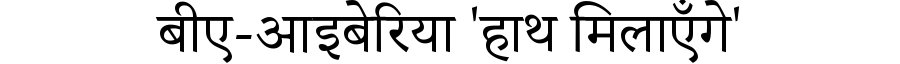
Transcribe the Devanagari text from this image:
बीए-आइबेरिया 'हाथ मिलाएँगे'